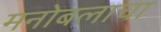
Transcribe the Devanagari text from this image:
मनोबलाचा